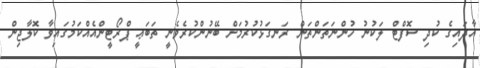
އާދައިގެ ކުދި ސޮފްޓް ލަކުނު ހުންނަތަންތަން ރަނގަޅުކުރުމަށް ބޭނުންކުރެވެނީ ތަބަޢީ ޕްރޯޓީންއެއްކަމުގައިވާ ކޮލާޖިން